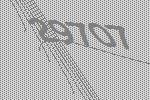
29707